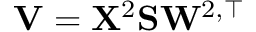
\mathbf { V } = \mathbf { X } ^ { 2 } \mathbf { S } \mathbf W ^ { 2 , \top }